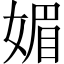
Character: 媚